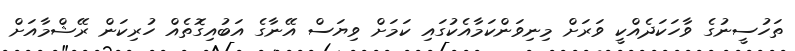
ތަހުސީނުގެ ވާހަކަދެއްކީ ވަރަށް މިނިވަންކަމާއެކުގައި ކަމަށް ވިޔަސް އޭނާގެ އަބުއިގޮތެއް ހުރިކަން ރޭޝްމާއަށް